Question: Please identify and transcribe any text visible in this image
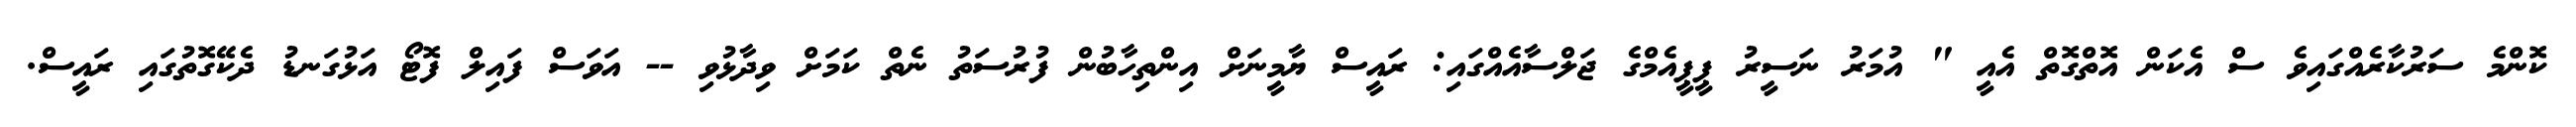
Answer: ކޮންމެ ސަރުކާރެއްގައިވެ ސް އެކަން އޮތްގޮތް އެއީ " އުމަރު ނަސީރު ޕީޕީއެމްގެ ޖަލްސާއެއްގައި: ރައީސް ޔާމީނަށް އިންތިހާބުން ފުރުސަތު ނެތް ކަމަށް ވިދާޅުވި -- އަވަސް ފައިލް ފޮޓޯ އަޅުގަނޑު ދެކޭގޮތުގައި ރައީސް.